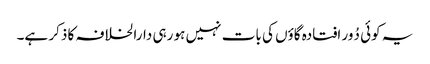
یہ کوئی دُور افتادہ گاؤں کی بات نہیں ہو رہی دارالخلافہ کا ذکر ہے۔